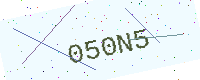
Text: 050N5